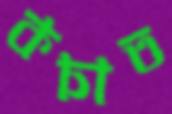
কচাত